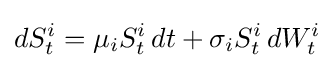
dS_{t}^{i}=\mu _{i}S_{t}^{i}\,dt+\sigma _{i}S_{t}^{i}\,dW_{t}^{i}